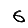
Digit: 6